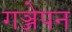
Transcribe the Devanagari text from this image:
गञ्जेपन